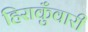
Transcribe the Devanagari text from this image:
हिराकुँवारी